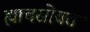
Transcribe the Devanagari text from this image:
ह्याचसोबत